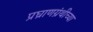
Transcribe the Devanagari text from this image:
प्रघ्राणग्रंथीच्या